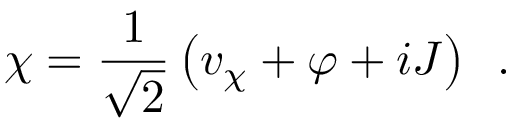
\chi = \frac { 1 } { \sqrt { 2 } } \left( v _ { \chi } + \varphi + i J \right) \, \, \, .